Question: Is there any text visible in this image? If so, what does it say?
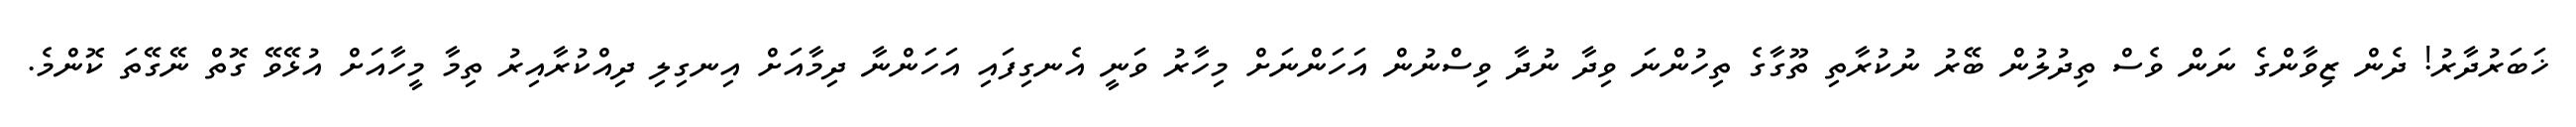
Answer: ޚަބަރުދާރު! ދެން ޒިވާންގެ ނަން ވެސް ތިދުލުން ބޭރު ނުކުރާތި ތޫގާގެ ތިހުންނަ ވިދާ ނުދާ ވިސްނުން އަހަންނަށް މިހާރު ވަނީ އެނގިފައި އަހަންނާ ދިމާއަށް އިނގިލި ދިއްކުރާއިރު ތިމާ މީހާއަށް އުޅޭވޭ ގޮތް ނޭގޭތަ ކޮންމެ.